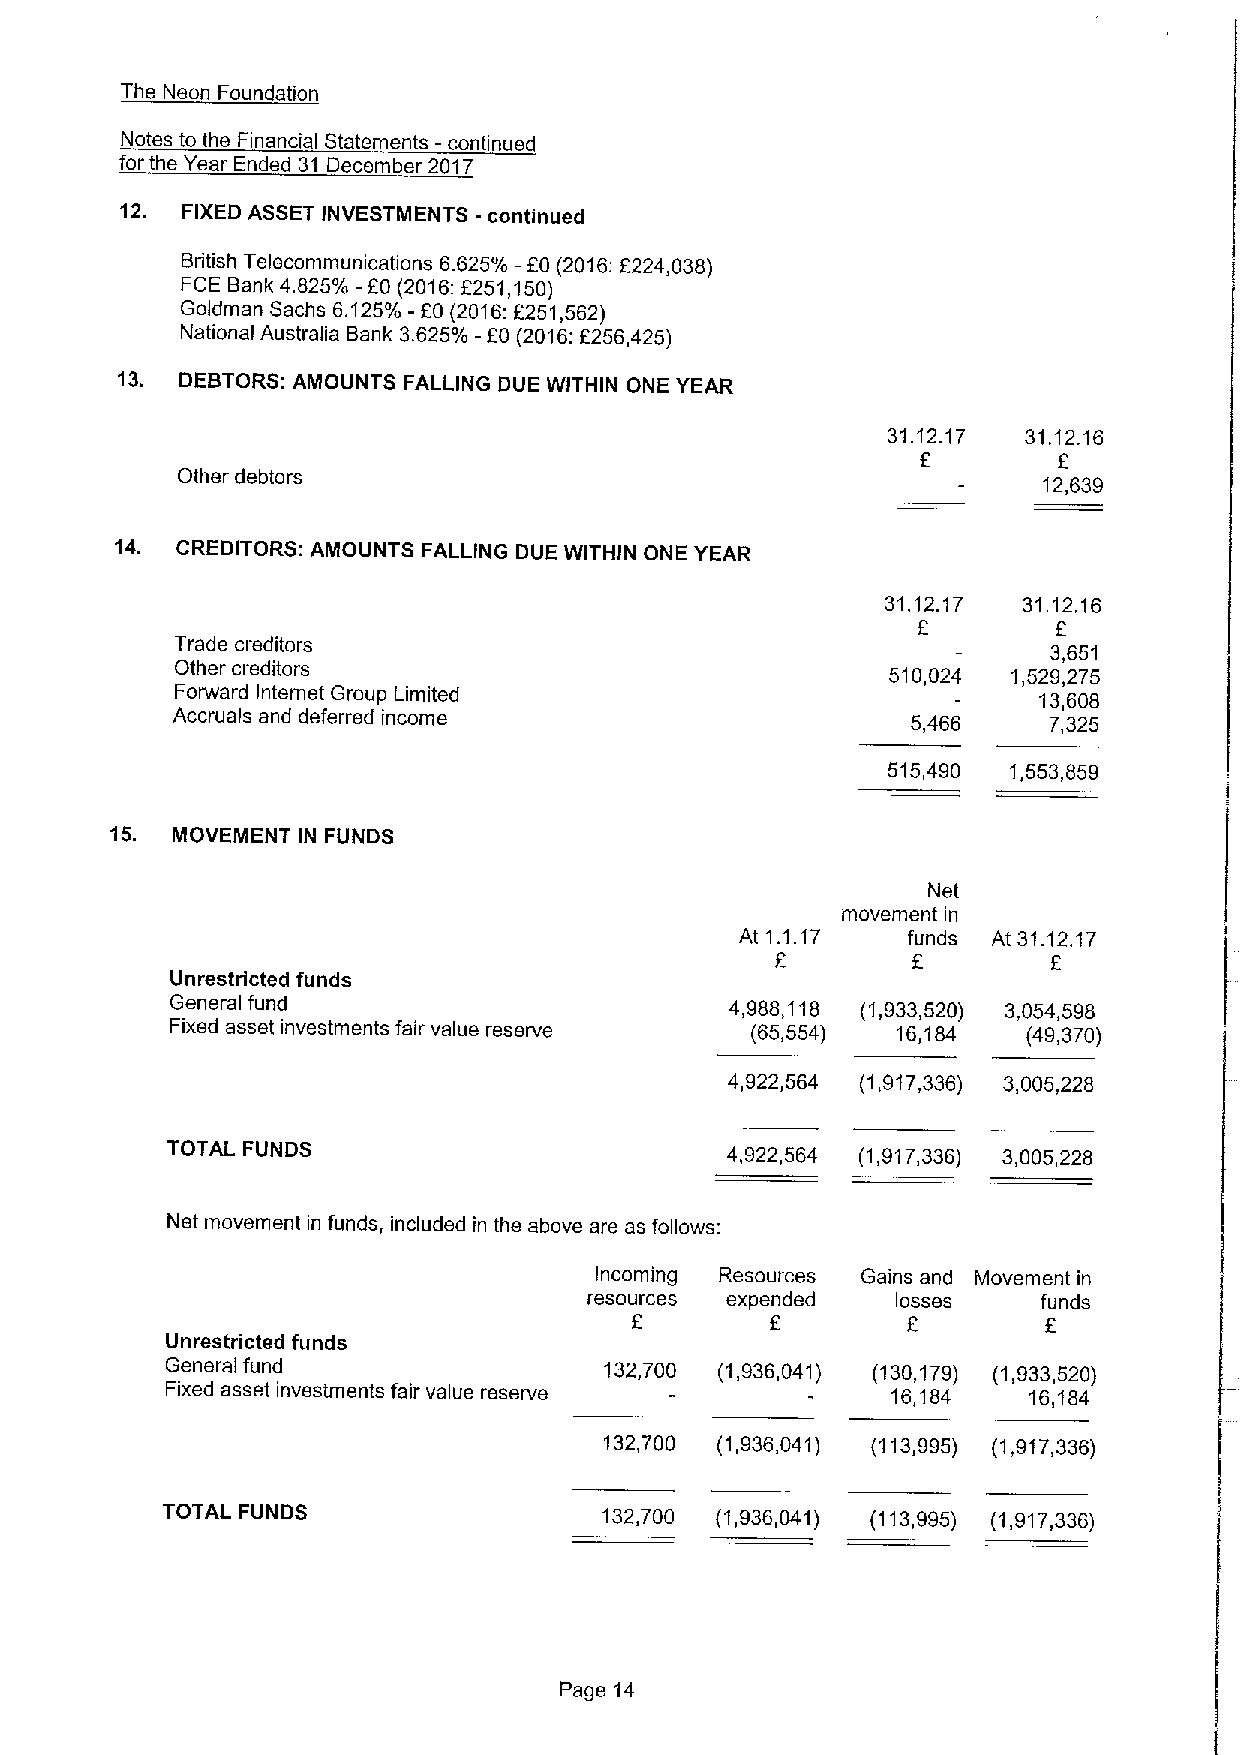
The Neon Foundation
 Notes to the Financial Statements -continued
 for the Year Ended 31 December 2017
 12. FIXED ASSET INVESTMENTS -continued
 British Telecommunications 6.625% —EO (2016:2224,038)
 FCE Bank 4.825% -60 (2016:2251,150)
 Goldman Sachs 6.125%-f0 (2016:6251,562)
 National Australia Bank 3.625% -f0 (2016:6256,425)
 13. DEBTORS:AMOUNTS FALLING DUE WITHIN ONE YEAR
 31.12.17 31.12.16
 f        f
 Other debtors
 12,639
 14. CREDITORS: AMOUNTS FALLING DUE WITHIN ONE YEAR
 31.12.17 31.12.16
 6
 Trade creditors
 3,651
 Other creditors                                510,024 1,529,275
 Forward Internet Group Limited                           13,608
 Accruals and deferred income                     5,466    7,325
 515,490 1,553,859
 15. MOVEMENT IN FUNDS
 Net
 movement in
 At 1.1.17  funds At 31.12.17
 6        6         f
 Unrestricted funds
 General fund                         4,988,118 (1,933,520) 3,054,598
 Fixed asset investments fair value reserve (65,554) 16,184 (49,370)
 4,922,564 (1,917,336) 3,005,228
 TOTAL FUNDS                          4,922,564 (1,917,336) 3,005,228
 Net movement in funds, included in the above are as follows:
 Incoming Resources Gains and Movement in
 resources expended  losses    funds
 f        f
 6        6
 Unrestricted funds
 General fund                 132,700 (1,936,041) (130,179) (1,933,520)
 Fixed asset investments fair value reserve      16,184   16,184
 132,700 (1,936,041) (113,995) (1,917,336)
 TOTAL FUNDS                  132,700 (1,936,041) (113,995) (1,917,336)
 Page 14